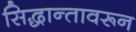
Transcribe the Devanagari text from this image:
सिद्धान्तावरून